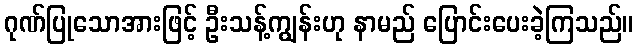
ဂုဏ်ပြုသောအားဖြင့် ဦးသန့်ကျွန်းဟု နာမည် ပြောင်းပေးခဲ့ကြသည်။